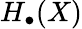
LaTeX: H_{\bullet}(X)